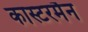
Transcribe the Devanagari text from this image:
कास्टरमैन